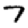
Digit: 7